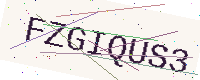
Text: FZGIQUS3